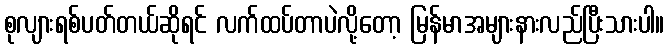
စုလျားရစ်ပတ်တယ်ဆိုရင် လက်ထပ်တာပဲလို့တော့ မြန်မာအများနားလည်ပြီးသားပါ။